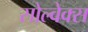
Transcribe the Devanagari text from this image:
सोल्वेक्स